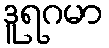
ဒူရဂမာ